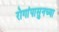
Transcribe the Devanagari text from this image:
रोगांपासुनच्या